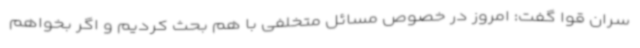
سران قوا گفت: امروز در خصوص مسائل متخلفی با هم بحث کردیم و اگر بخواهم